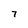
Character: 7